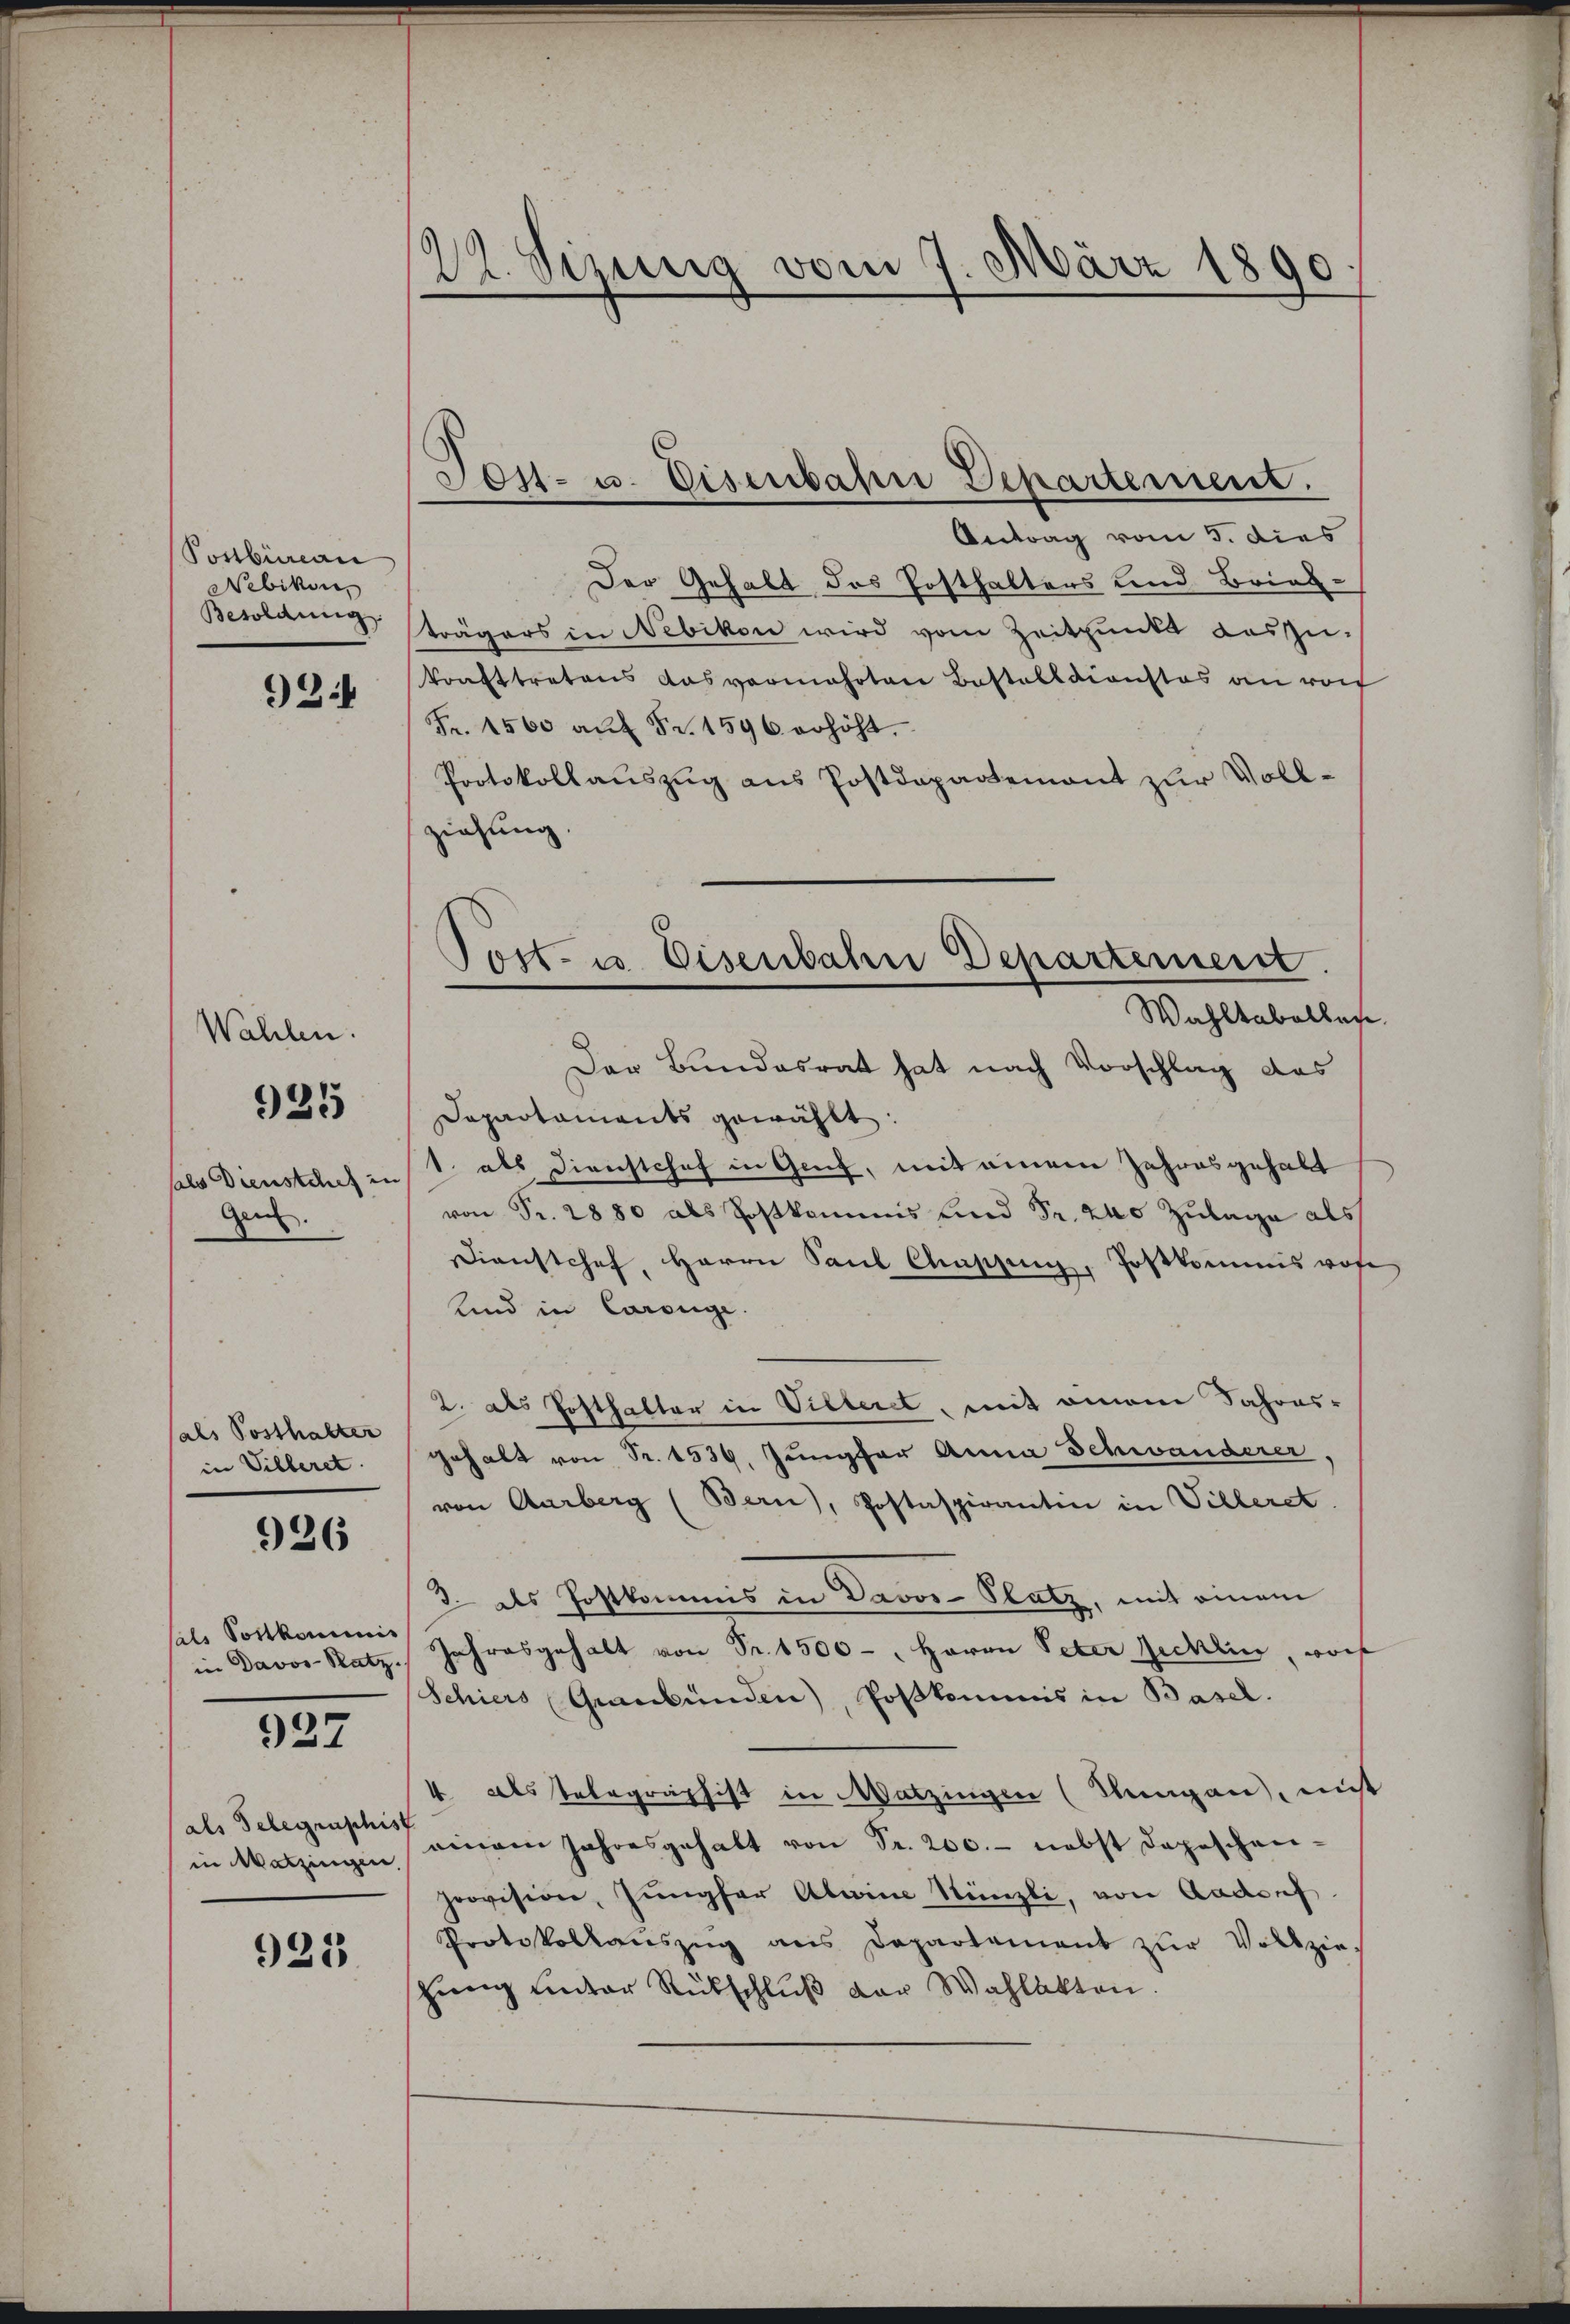
Postbureau
Nebikon,
Besoldung

92.

Wahlen.
sals Dienstchef in
Gen.

925

sals Posthalter
in Villeret.

926

sale Sortkommis
in Davos-Ratz.

927

(als Telegraphis
in Matzingen,

925

22. Sizung vom 7. März 1890.

Tos- u. Eisenbahn Departement.

Tost- u. Eisenbahn Departement.
Wahlkabelbar

Antrag vom 5. dies
Der Gehalt das Posthalters und Briefsträgers in Nebikon wird vom Zeitpunkt auszu-
konfttretens das vermehrten Bestelldienstes an von
Fr. 1500 aŭf Fr. 1596 erhöht.
Protokollauszug aus Postdepartemont zur Vollziehung
Der Bundesrat hat nach Vorschlag das
Dapartaments gewählt:
1. als Dirichtchef in Genf, mit einem Jahresgehalt
von Fr. 2880 als Postkommis und Sr. 240 Zulage als
Dienstchef, Herrn Paul Chassung, Postkommiswofe
Kind in Corrige
2. als Posthalter in Villeret, mit einem Jahresgehalt von Fr. 1539. Jungfer Anna Schwanderer,
von Aarberg (Bern), Postaspiranten in Villeret.
3 als Postkommis in Davos- Platz, mit einem
Jahresgehalt von Fr. 1500 - " Herrn Peter Jecklin, worf
Schiers Graubünden), Poskommis in Basel.
4 als Telegraphist in Watzingen (Stengen, mit
seinem Jahresgehalt von Fr. 200.- nebst depeschen-
provision, Jungfer Aline Nünzli, von Aadorf
Protokollanszug aus Departement zŭr Vollzie
stŭng unter Rückschlŭβ der Wahlakten.